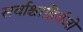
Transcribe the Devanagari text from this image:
सर्वाश्चाहिर्वजो